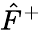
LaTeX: {\hat{F}}^{+}